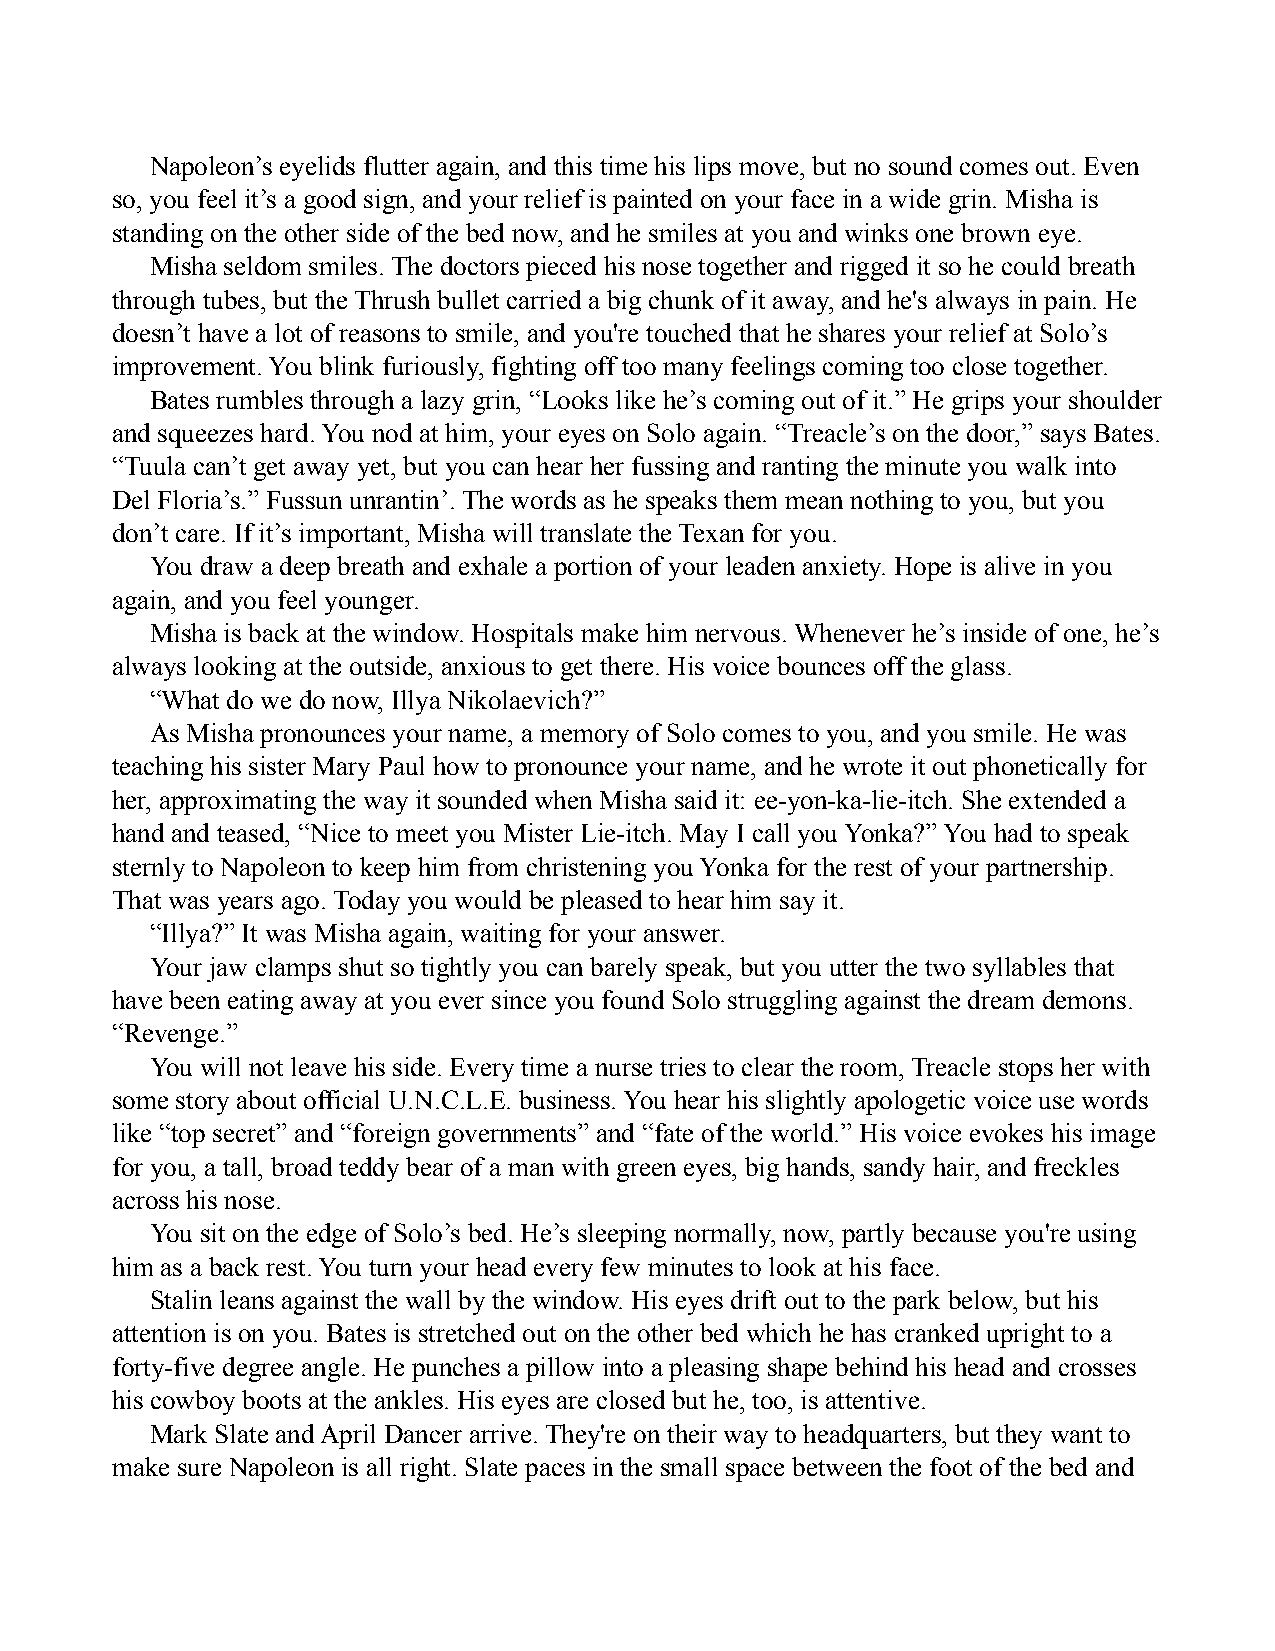
Napoleon’s eyelids flutter again, and this time his lips move, but no sound comes out. Even
 so, you feel it’s a good sign, and your relief is painted on your face in a wide grin. Misha is
 standing on the other side of the bed now, and he smiles at you and winks one brown eye.
 Misha seldom smiles. The doctors pieced his nose together and rigged it so he could breath
 through tubes, but the Thrush bullet carried a big chunk of it away, and he's always in pain. He
 doesn’t have a lot of reasons to smile, and you're touched that he shares your relief at Solo’s
 improvement. You blink furiously, fighting off too many feelings coming too close together.
 Bates rumbles through a lazy grin, “Looks like he’s coming out of it.” He grips your shoulder
 and squeezes hard. You nod at him, your eyes on Solo again. “Treacle’s on the door,” says Bates.
 “Tuula can’t get away yet, but you can hear her fussing and ranting the minute you walk into
 Del Floria’s.” Fussun unrantin’. The words as he speaks them mean nothing to you, but you
 don’t care. If it’s important, Misha will translate the Texan for you.
 You draw a deep breath and exhale a portion of your leaden anxiety. Hope is alive in you
 again, and you feel younger.
 Misha is back at the window. Hospitals make him nervous. Whenever he’s inside of one, he’s
 always looking at the outside, anxious to get there. His voice bounces off the glass.
 “What do we do now, Illya Nikolaevich?”
 As Misha pronounces your name, a memory of Solo comes to you, and you smile. He was
 teaching his sister Mary Paul how to pronounce your name, and he wrote it out phonetically for
 her, approximating the way it sounded when Misha said it: ee-yon-ka-lie-itch. She extended a
 hand and teased, “Nice to meet you Mister Lie-itch. May I call you Yonka?” You had to speak
 sternly to Napoleon to keep him from christening you Yonka for the rest of your partnership.
 That was years ago. Today you would be pleased to hear him say it.
 “Illya?” It was Misha again, waiting for your answer.
 Your jaw clamps shut so tightly you can barely speak, but you utter the two syllables that
 have been eating away at you ever since you found Solo struggling against the dream demons.
 “Revenge.”
 You will not leave his side. Every time a nurse tries to clear the room, Treacle stops her with
 some story about official U.N.C.L.E. business. You hear his slightly apologetic voice use words
 like “top secret” and “foreign governments” and “fate of the world.” His voice evokes his image
 for you, a tall, broad teddy bear of a man with green eyes, big hands, sandy hair, and freckles
 across his nose.
 You sit on the edge of Solo’s bed. He’s sleeping normally, now, partly because you're using
 him as a back rest. You turn your head every few minutes to look at his face.
 Stalin leans against the wall by the window. His eyes drift out to the park below, but his
 attention is on you. Bates is stretched out on the other bed which he has cranked upright to a
 forty-five degree angle. He punches a pillow into a pleasing shape behind his head and crosses
 his cowboy boots at the ankles. His eyes are closed but he, too, is attentive.
 Mark Slate and April Dancer arrive. They're on their way to headquarters, but they want to
 make sure Napoleon is all right. Slate paces in the small space between the foot of the bed and